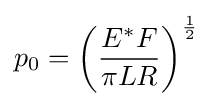
p_{0}=\left({\frac {E^{*}F}{\pi LR}}\right)^{\frac {1}{2}}